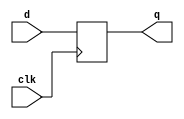
// SPDX-License-Identifier: MIT

module top_module (
    input clk,    // Clocks are used in sequential circuits
    input d,
    output reg q );//

    always @(posedge clk) q <= d;
endmodule